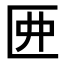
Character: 𠥲